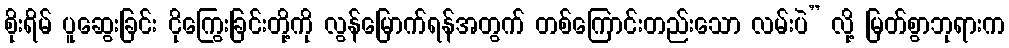
စိုးရိမ် ပူဆွေးခြင်း ငိုကြွေးခြင်းတို့ကို လွန်မြောက်ရန်အတွက် တစ်ကြောင်းတည်းသော လမ်းပဲ” လို့ မြတ်စွာဘုရားက